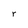
Character: r